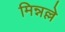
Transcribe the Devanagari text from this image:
मिन्नल्ले